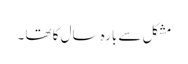
مشکل سے بارہ سال کا تھا ۔